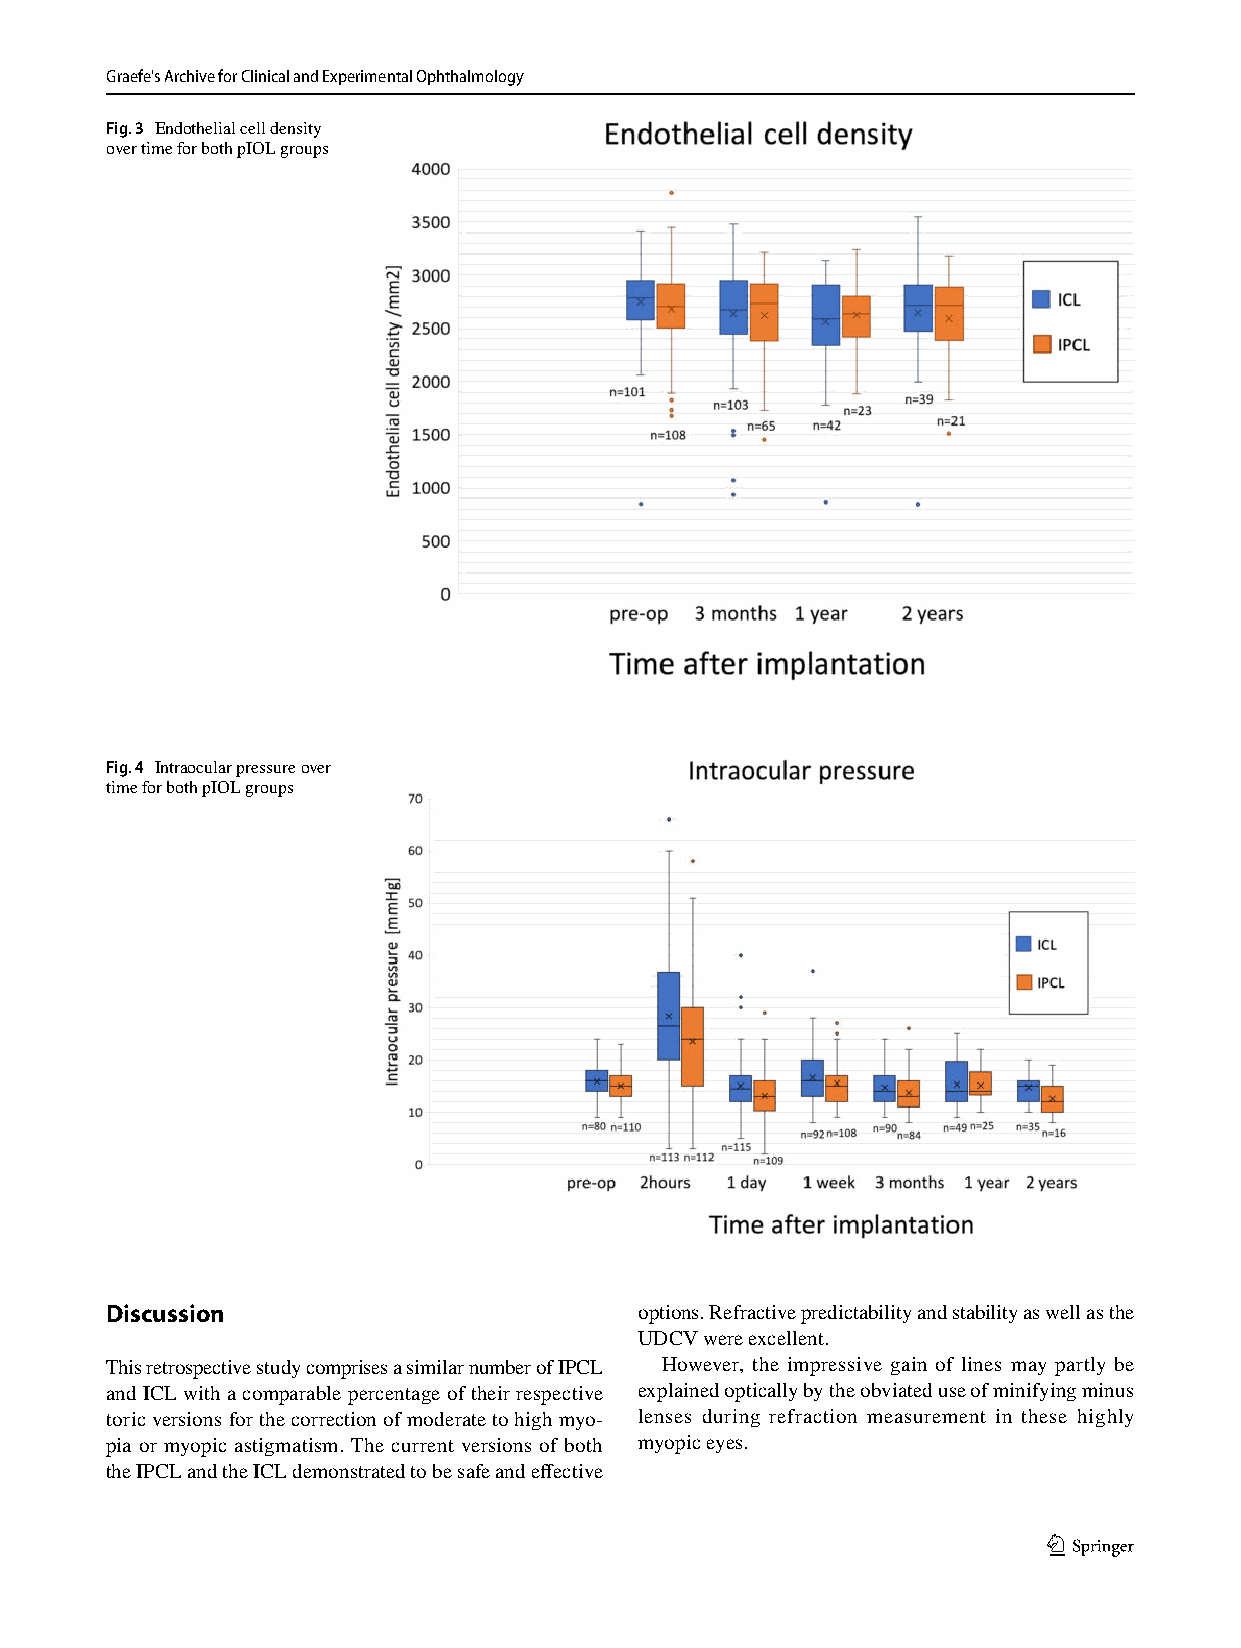
Graefe's Archive for Clinical and Experimental Ophthalmology
 Fig. 3 Endothelial cell density
 over time for both pIOL groups
 Fig. 4 Intraocular pressure over
 time for both pIOL groups
 Discussion                         options. Refractive predictability and stability as well as the
 UDCV were excellent.
 This retrospective study comprises a similar number of IPCL However, the impressive gain of lines may partly be
 and ICL with a comparable percentage of their respective explained optically by the obviated use of minifying minus
 toric versions for the correction of moderate to high myo- lenses during refraction measurement in these highly
 pia or myopic astigmatism. The current versions of both myopic eyes.
 the IPCL and the ICL demonstrated to be safe and effective
 1 3